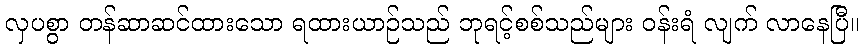
လှပစွာ တန်ဆာဆင်ထားသော ရထားယာဉ်သည် ဘုရင့်စစ်သည်များ ဝန်းရံ လျက် လာနေပြီ။